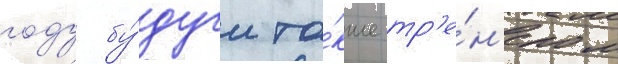
году бу́дучи та́кже тр'е́н'ером